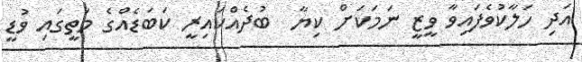
އަދި ހަލާކުވެފައިވާ ވީޒީ ނަމަކަށް ކިޔާ  ބުދެއްކައިރީ ކަބަޑެއްގެ މަތީގައި ވުޑީ